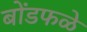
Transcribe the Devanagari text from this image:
बोंडफळे